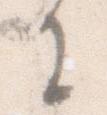
に